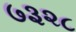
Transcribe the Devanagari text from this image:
७३२८